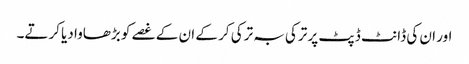
اور ان کی ڈانٹ ڈپٹ پر ترکی بہ ترکی کر کے ان کے غصے کو بڑھاوا دیا کرتے۔